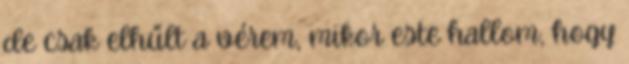
de csak elhűlt a vérem, mikor este hallom, hogy